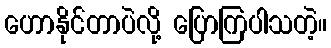
ဟောနိုင်တာပဲလို့ ပြောကြပါသတဲ့။